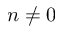
n \neq 0